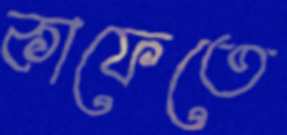
কাফেতে